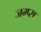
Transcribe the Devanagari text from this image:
जम्प्स